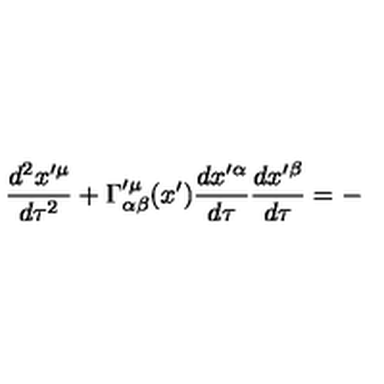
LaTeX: \frac { d ^ { 2 } x ^ { \prime \mu } } { d \tau ^ { 2 } } + \Gamma _ { \alpha \beta } ^ { \prime \mu } ( x ^ { \prime } ) \frac { d x ^ { \prime \alpha } } { d \tau } \frac { d x ^ { \prime \beta } } { d \tau } = -